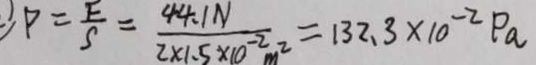
\therefore P = \frac { F } { S } = \frac { 4 4 . 1 N } { 2 \times 1 . 5 \times 1 0 ^ { - 2 } m ^ { 2 } } = 1 3 2 . 3 \times 1 0 ^ { - 2 } P a